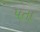
પતા